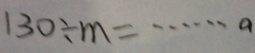
1 3 0 \div m = \cdots a